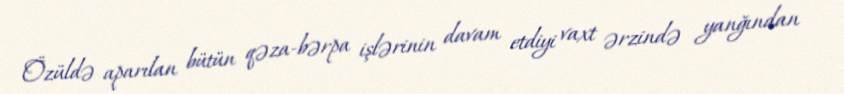
Özüldə aparılan bütün qəza-bərpa işlərinin davam etdiyi vaxt ərzində yanğından